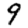
Digit: 9